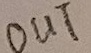
Text: OUT